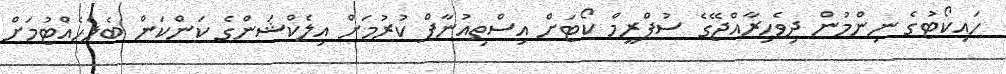
ހައިކޯޓުގެ ނިންމުން ދިވެހިރާއްޖޭގެ ސުޕްރީމް ކޯޓަށް އިސްތިއުނާފް ކުރުމަށް އިލެކްޝަންގެ ކަންކަން ބެލެހެއްޓުމަށް